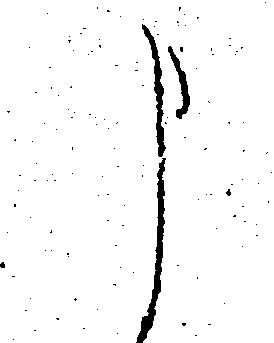
申